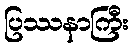
ပြဿနာကြီး